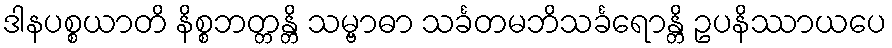
ဒါနပစ္စယာတိ နိစ္စဘတ္တန္တိ သမ္ဗာဓာ သင်္ခတမဘိသင်္ခရောန္တိ ဥပနိဿာယပေ